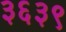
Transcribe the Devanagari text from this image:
३६३९